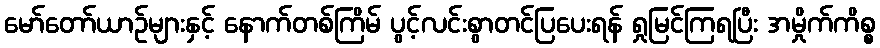
မော်တော်ယာဉ်များနှင့် နောက်တစ်ကြိမ် ပွင့်လင်းစွာတင်ပြပေးရန် ရှုမြင်ကြရပြီး အမှိုက်ကိစ္စ